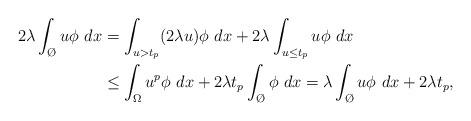
LaTeX: \begin{align*}2\lambda \int_{\O} u\phi ~dx &= \int_{u>t_p} (2\lambda u)\phi ~dx + 2\lambda \int_{u\leq t_p} u\phi ~dx \\ &\leq \int_{\Omega} u^p \phi ~dx + 2\lambda t_p \int_{\O}\phi ~dx = \lambda \int_{\O} u\phi ~dx + 2\lambda t_p,\end{align*}